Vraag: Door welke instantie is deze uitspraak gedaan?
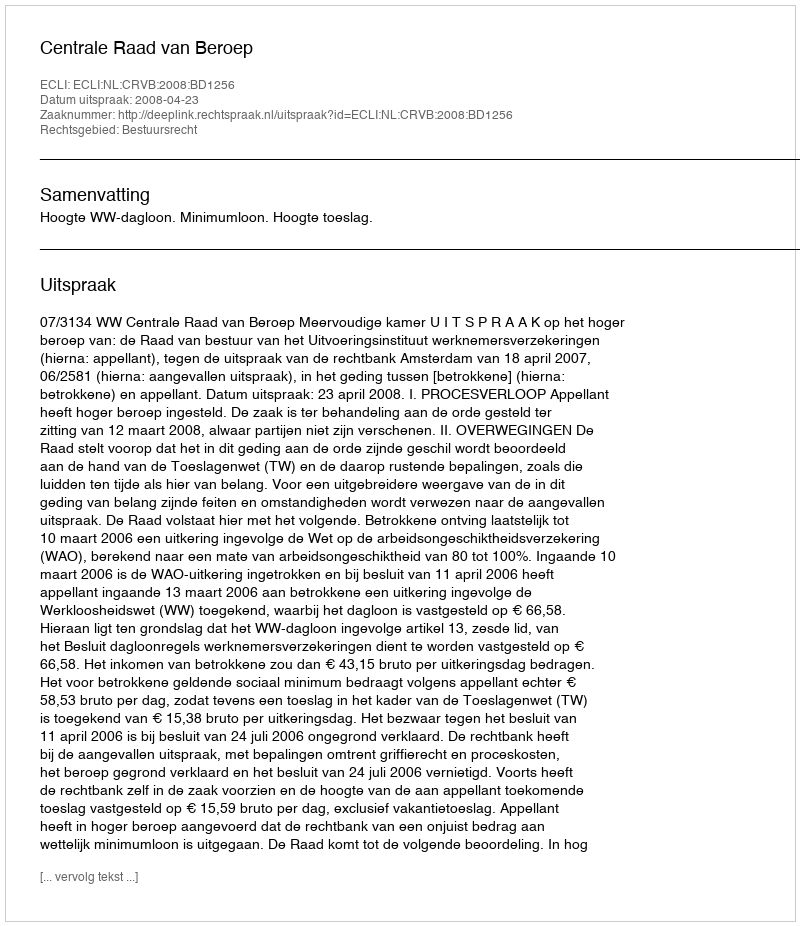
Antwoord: Centrale Raad van Beroep